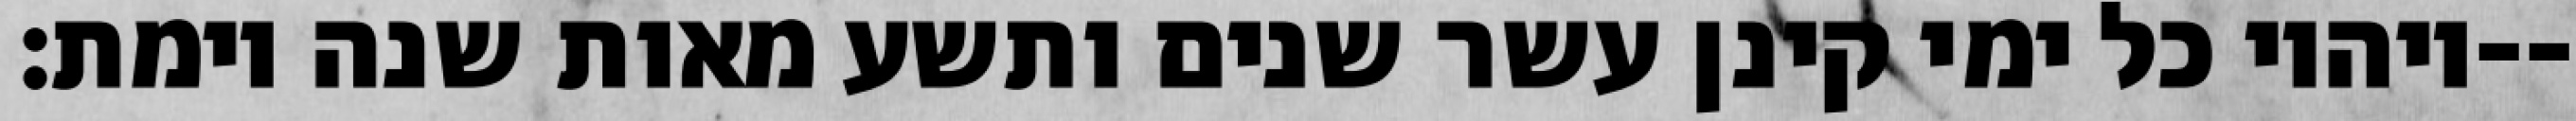
ויהיו כל ימי קינן עשר שנים ותשע מאות שנה וימת׃--